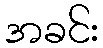
အခင်း